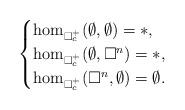
LaTeX: \begin{align*}\begin{cases}\hom_{\square_c^+} (\emptyset,\emptyset) =\ast,\\\hom_{\square_c^+} (\emptyset,\square^n) =\ast,\\\hom_{\square_c^+} (\square^n, \emptyset) =\emptyset.\end{cases}\end{align*}